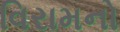
વિરામનો